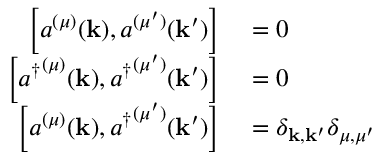
\begin{array} { r l } { \left[ a ^ { ( \mu ) } ( \mathbf { k } ) , a ^ { ( \mu ^ { \prime } ) } ( \mathbf { k } ^ { \prime } ) \right] } & { { } = 0 } \\ { \left[ { a ^ { \dagger } } ^ { ( \mu ) } ( \mathbf { k } ) , { a ^ { \dagger } } ^ { ( \mu ^ { \prime } ) } ( \mathbf { k } ^ { \prime } ) \right] } & { { } = 0 } \\ { \left[ a ^ { ( \mu ) } ( \mathbf { k } ) , { a ^ { \dagger } } ^ { ( \mu ^ { \prime } ) } ( \mathbf { k } ^ { \prime } ) \right] } & { { } = \delta _ { \mathbf { k } , \mathbf { k } ^ { \prime } } \delta _ { \mu , \mu ^ { \prime } } } \end{array}